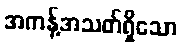
အကန့်အသတ်ရှိသော